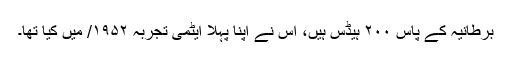
برطانیہ کے پاس ۲۰۰ ہیڈس ہیں، اُس نے اپنا پہلا ایٹمی تجربہ ۱۹۵۲/ میں کیا تھا۔